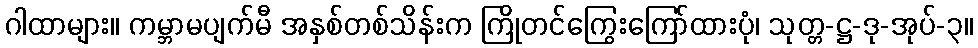
ဂါထာများ။ ကမ္ဘာမပျက်မီ အနှစ်တစ်သိန်းက ကြိုတင်ကြွေးကြော်ထားပုံ၊ သုတ္တ-ဋ္ဌ-ဒု-အုပ်-၃။